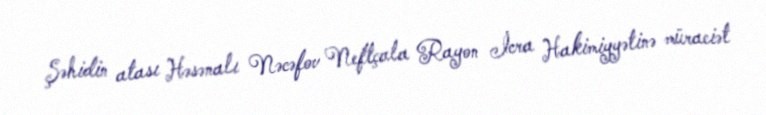
Şəhidin atası Həsənalı Nəcəfov Neftçala Rayon İcra Hakimiyyətinə müraciət